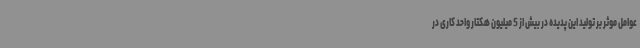
عوامل موثر بر تولید این پدیده در بیش از 5 میلیون هکتار واحد کاری در